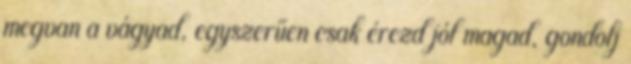
megvan a vágyad, egyszerűen csak érezd jól magad, gondolj